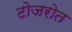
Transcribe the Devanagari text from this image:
टोजरोत